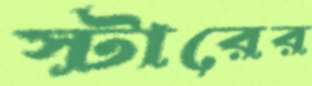
স্টারের